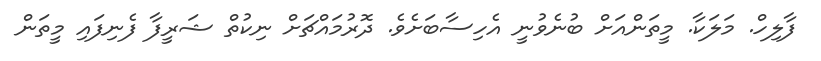
ފާލިހް. މަލަކާ. މީތަންއަށް ބުނެވުނީ އެހިސާބަށެވެ. ދޮރުމައްޗަށް ނިކުތް ޝަރީފާ ފެނިފައި މީތަން